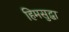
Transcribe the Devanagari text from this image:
हिमसुद्धा